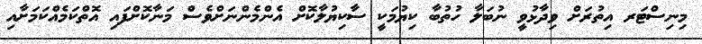
މިނިސްޓަރ އިތުރަށް ވިދާޅުވީ ނުބަލާ ހުތުބާ ކިޔުމަކީ ސާކިޔުލާކޮށް އެންމެންނަށްވެސް މަނާކޮށްފައި އޮތްކަމެއްކަމަށާއި